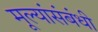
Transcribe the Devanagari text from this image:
मूल्यांसंबंधी